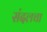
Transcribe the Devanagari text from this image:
संदलचा